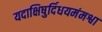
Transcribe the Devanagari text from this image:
यदाक्षिषुर्दिधयमंमश्वा